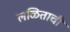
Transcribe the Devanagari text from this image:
लळिताची